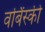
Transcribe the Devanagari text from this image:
वर्बिंस्की